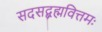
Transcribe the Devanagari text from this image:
सदसद्ब्रह्मवित्तमः